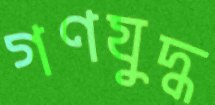
গণযুদ্ধ